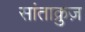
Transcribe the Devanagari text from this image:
सांताक्रुज़